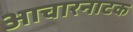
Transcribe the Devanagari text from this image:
आचारनाटक